Bombay plague: being a history of the progress of plague in the Bombay presidency from September 1896 to June 1899
Year: 1896
Disease focus: Plague
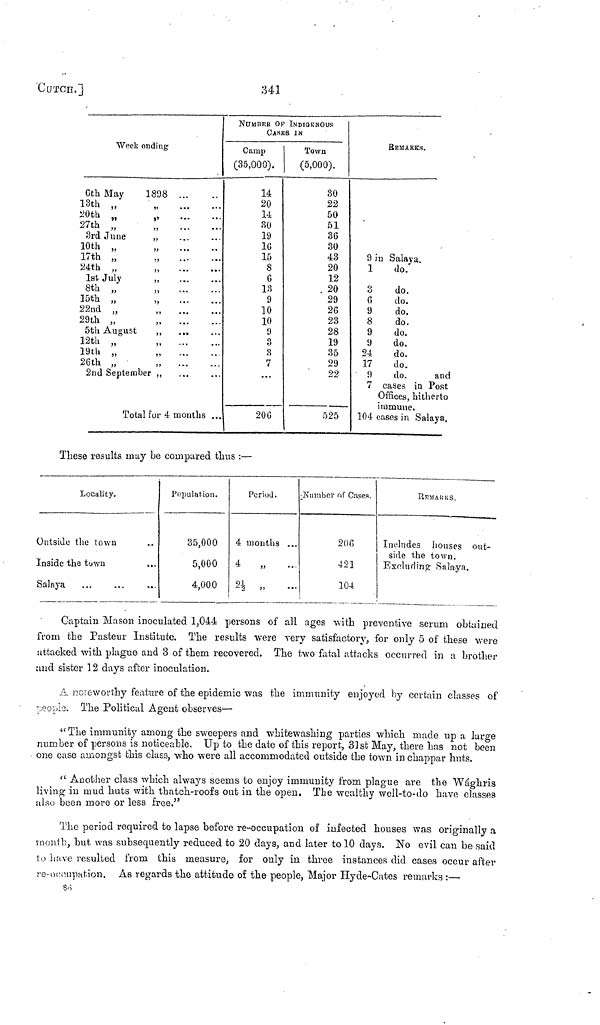
CUTCH.]
341
Week ending
6th May
1898
13th „
20th „
„
27th ,, ,,
3rd June
,
10th „
17th „
24th „
1st July
8th ,,
15th „
22nd „
,
29th „
5th August
12th „
19th
„
26th „
2nd September
Total for 4 months ...
NUMBER OF INDIGENOUS
CASES IN
Camp
(35,000).
14
20
14
BO
19
16
15
8
6
13
9
10
10
!)
3
8
7
...
206
Town
(5,000).
30
22
50
51
3G
30
43
20
12
. 20
29
26
23
28
19
35
29
22
525
REMARKS.
9 in Salaya.
1
do."
3
do.
6
do.
9
do.
8
do.
9
do.
9
do.
24
do.
17
do.
9
do.
and
7 cases in Post
Offices, hitherto
immune.
104 cases in Salaya.
These results may be compared thus :—
Locality.
Outside the town
Inside the town
Salaya
Population.
35,000
5,000
4,000
Period.
4 mouths ...
4
„
2½ „
...
Number of Cases.
206
42]
104
REMARKS.
Includes houses out-
side the town.
Excluding Salaya.
Captain Mason inoculated 1,044 persons of all ages with preventive serum obtained
from the Pasteur Institute. The results were very satisfactory, for only 5 of these were
attacked with plague and 3 of them recovered. The two fatal attacks occurred in a brother
and sister 12 days after inoculation.
A noteworthy feature of the epidemic was the immunity enjoyed by certain classes of
people.
The Political Agent observes—
"The immunity among the sweepers and whitewashing parties which made up a large
number of persons is noticeable. Up to the date of this report, 31st May, there has not been
one case amongst this class, who were all accommodated outside the town in chappar huts.
" Another class which always seems to enjoy immunity from plague are the Wághris
living in mud huts with thatch-roofs out in the open. The wealthy well-to-do have classes
also been more or less free."
The period required to lapse before re-occupation of infected houses was originally a
month, but was subsequently reduced to 20 days, and later to 10 days. No evil can be said
to have resulted from this measure, for only in three instances did cases occur after
re-occupation. As regards the attitude of the people, Major Hyde-Cates remarks :—
86